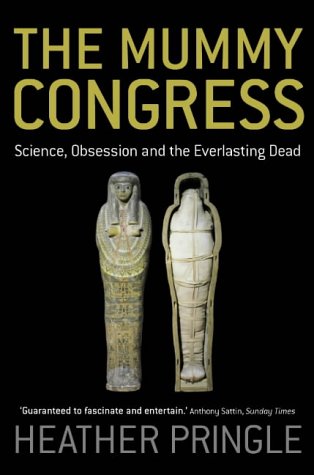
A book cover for The Mummy Congress: Science, Obsession, & the Everlasting Dead; Heather Pringle; Religion & Spirituality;